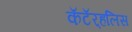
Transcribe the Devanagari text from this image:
कॅटॅर्‍हलिस